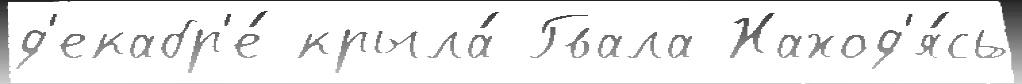
д'екабр'е́ крыла́ Гвала Наход'я́сь